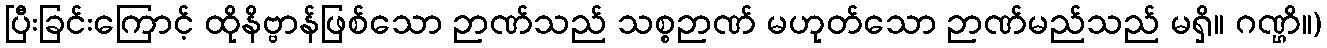
ပြီးခြင်းကြောင့် ထိုနိဗ္ဗာန်ဖြစ်သော ဉာဏ်သည် သစ္စဉာဏ် မဟုတ်သော ဉာဏ်မည်သည် မရှိ။ ဂဏ္ဌိ။)